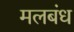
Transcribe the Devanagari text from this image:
मलबंध